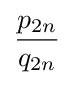
{\frac {p_{2n}}{q_{2n}}}